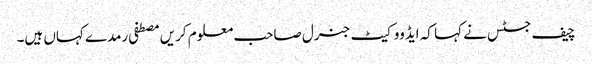
چیف جسٹس نے کہا کہ ایڈووکیٹ جنرل صاحب معلوم کریں مصطفی رمدے کہاں ہیں۔